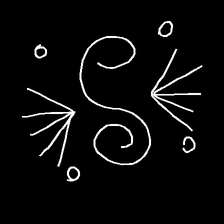
Glyph: aeroform